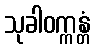
သုခါဝက္ကန္တံ